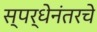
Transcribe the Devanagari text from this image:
स्पर्धेनंतरचे